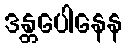
ဒန္တပေါနေန